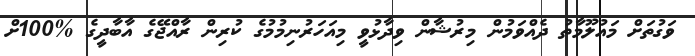
ވަގުތަށް މައުލޫމާތު ދެއްވަމުން މިރުޝާން ވިދާޅުވީ މިއަހަރުނިމުމުގެ ކުރިން ރާއްޖޭގެ އާބާދީގެ %100ށް